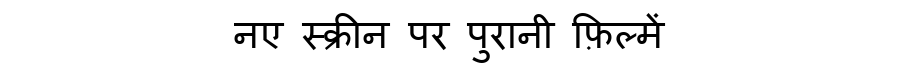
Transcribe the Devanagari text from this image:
नए स्क्रीन पर पुरानी फ़िल्में